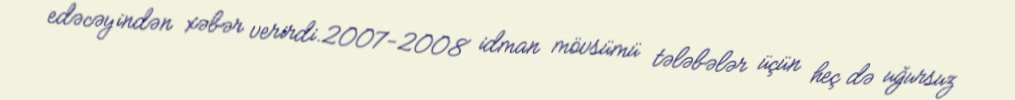
edəcəyindən xəbər verirdi.2007-2008 idman mövsümü tələbələr üçün heç də uğursuz